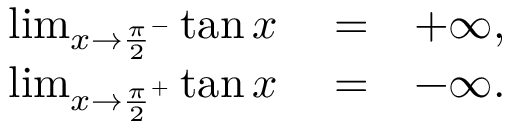
\begin{array} { r l r } { \operatorname* { l i m } _ { x \to \frac { \pi } { 2 } ^ { - } } \tan x } & { { } = } & { + \infty , } \\ { \operatorname* { l i m } _ { x \to \frac { \pi } { 2 } ^ { + } } \tan x } & { { } = } & { - \infty . } \end{array}